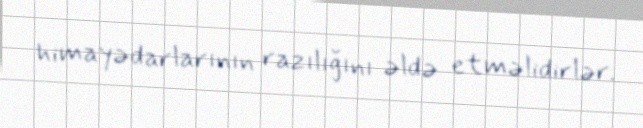
himayədarlarının razılığını əldə etməlidirlər.